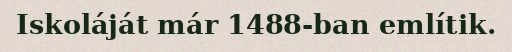
Iskoláját már 1488-ban említik.